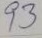
93